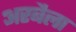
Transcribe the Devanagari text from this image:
अरबैला